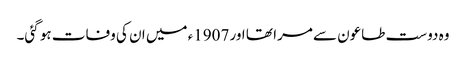
وہ دوست طاعون سے مرا تھا اور 1907ء میں ان کی وفات ہو گئی۔